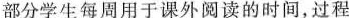
部分学生每周用于课外阅读的时间，过程